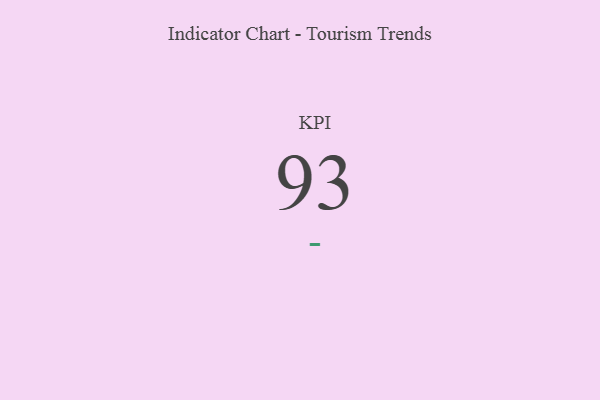
{"axis": {"x": "KPI", "y": "Value"}, "legend": [""], "data": [{"x": "KPI", "y": 93, "type": ""}]}